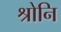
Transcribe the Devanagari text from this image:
श्रोनि